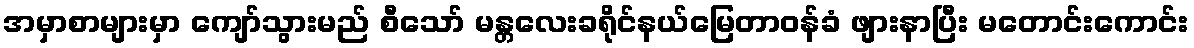
အမှာစာများမှာ ကျော်သွားမည် စီသော် မန္တလေးခရိုင်နယ်မြေတာဝန်ခံ ဖျားနာပြီး မတောင်းကောင်း